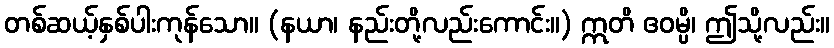
တစ်ဆယ့်နှစ်ပါးကုန်သော။ (နယာ၊ နည်းတို့လည်းကောင်း။) ဣတိ ဧဝမ္ပိ၊ ဤသို့လည်း။